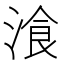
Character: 湌